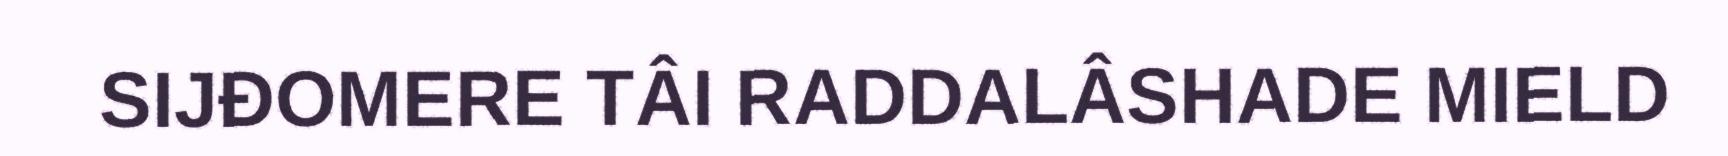
SIJĐOMERE TÂI RADDALÂSHADE MIELD